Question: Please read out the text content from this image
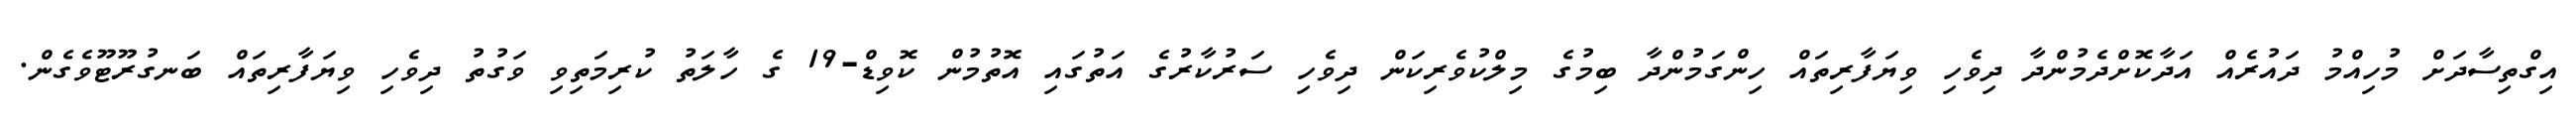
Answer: އިގްތިސާދަށް މުހިއްމު ދައުރެއް އަދާކޮށްދެމުންދާ ދިވެހި ވިޔަފާރިތައް ހިންގަމުންދާ ބިމުގެ މިލްކުވެރިކަން ދިވެހި ސަރުކާރުގެ އަތުގައި އޮތުމުން ކޮވިޑް-19 ގެ ހާލަތު ކުރިމަތިވި ވަގުތު ދިވެހި ވިޔަފާރިތައް ބަނގުރޫޓޫވެގެން.